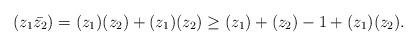
LaTeX: \begin{align*}&(z_1\bar{z_2}) = (z_1)(z_2) + (z_1)(z_2) \geq (z_1)+(z_2) - 1 + (z_1)(z_2).\end{align*}